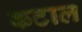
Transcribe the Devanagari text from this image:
कटाल